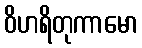
ဝိဟရိတုကာမော